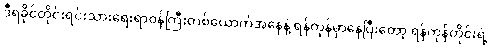
ဒီရခိုင်တိုင်းရင်းသားရေးရာဝန်ကြီးတစ်ယောက်အနေနဲ့ ရန်ကုန်မှာနေပြီးတော့ ရန်ကုန်တိုင်းရဲ့